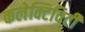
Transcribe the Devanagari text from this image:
कलेक्टिविटी